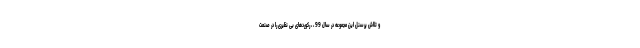
و تلاش پرسنل این مجموعه در سال 99 ، ، رکوردهای بی نظیری را در صنعت